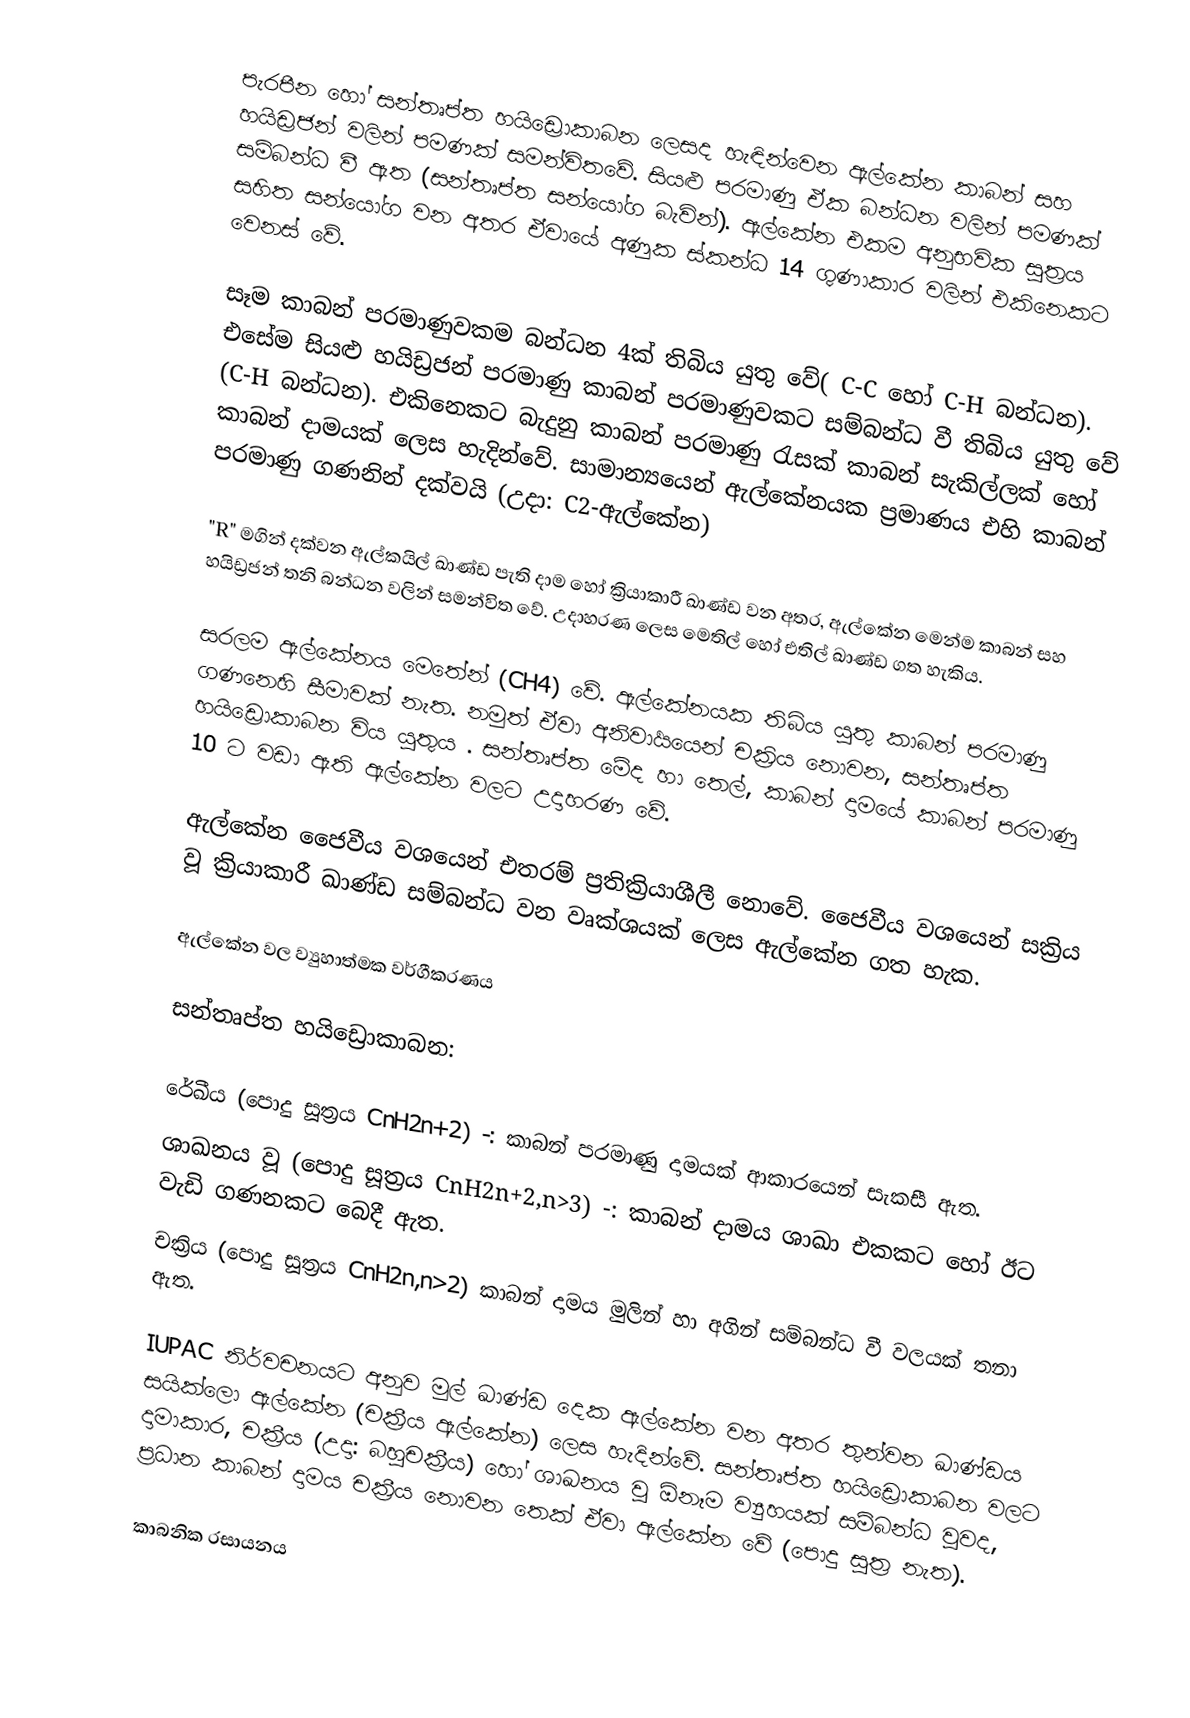
පැරපීන හෝ සන්තෘප්ත හයිඩ්‍රොකාබන ලෙසද හැඳින්වෙන ඇල්කේන කාබන් සහ හයිඩ්‍රජන් වලින් පමණක් සමන්විතවේ. සියළු පරමාණු ඒක බන්ධන වලින් පමණක් සම්බන්ධ වී ඇත (සන්තෘප්ත සන්යෝග බැවින්). ඇල්කේන එකම අනුභවික සූත්‍රය සහිත සන්යෝග වන අතර ඒවායේ අණුක ස්කන්ධ 14 ගුණාකාර වලින් එකිනෙකට වෙනස් වේ.

සෑම කාබන් පරමාණුවකම බන්ධන 4ක් තිබිය යුතු වේ( C-C හෝ C-H බන්ධන). එසේම සියළු හයිඩ්‍රජන් පරමාණු කාබන් පරමාණුවකට සම්බන්ධ වී තිබිය යුතු වේ (C-H බන්ධන). එකිනෙකට බැදුනු කාබන් පරමාණු ‍රැසක් කාබන් සැකිල්ලක් හෝ කාබන් දාමයක් ලෙස හැදින්වේ. සාමාන්‍යයෙන් ඇල්කේනයක ප්‍රමාණය එහි කාබන් පරමාණු ගණනින් දක්වයි (උදා: C2-ඇල්කේන)

"R" මගින් දක්වන ඇල්කයිල් ඛාණ්ඩ පැති දාම හෝ ක්‍රියාකාරී ඛාණ්ඩ වන අතර, ඇල්කේන මෙන්ම කාබන් සහ හයිඩ්‍රජන් තනි බන්ධන වලින් සමන්විත වේ. උදාහරණ ලෙස මෙතිල් හෝ එතිල් ඛාණ්ඩ ගත හැකිය.

සරලම ඇල්කේනය මෙතේන් (CH4) වේ. ඇල්කේනයක තිබිය යුතු කාබන් පරමාණු ගණනෙහි සීමාවක් නැත. නමුත් ඒවා අනිවාර්‍යයෙන් චක්‍රිය නොවන, සන්තෘප්ත හයිඩ්‍රොකාබන විය යුතුය . සන්තෘප්ත මේද හා තෙල්, කාබන් දාමයේ කාබන් පරමාණු 10 ට වඩා ඇති ඇල්කේන වලට උදාහරණ වේ.

ඇල්කේන ජෛවීය වශයෙන් එතරම් ප්‍රතික්‍රියාශීලී නොවේ. ජෛවීය වශයෙන් සක්‍රිය වූ ක්‍රියාකාරී ඛාණ්ඩ සම්බන්ධ වන වෘක්ශයක් ලෙස ඇල්කේන ගත හැක.

ඇල්කේන වල ව්‍යුහාත්මක වර්ගීකරණය

සන්තෘප්ත හයිඩ්‍රොකාබන:

 රේඛීය (පොදු සූත්‍රය CnH2n+2) -:  කාබන් පරමාණු දාමයක් ආකාරයෙන් සැකසී ඇත.
 ශාඛනය වූ (පොදු සූත්‍රය CnH2n+2,n>3) -: කාබන් දාමය ශාඛා එකකට හෝ ඊට වැඩි ගණනකට බෙදී ඇත.
 චක්‍රිය (පොදු සූත්‍රය CnH2n,n>2) කාබන් දාමය මුලින් හා අගින් සම්බන්ධ වී වලයක් තනා ඇත.

IUPAC නිර්වචනයට අනුව මුල් ඛාණ්ඩ දෙක ඇල්කේන වන අතර තුන්වන ඛාණ්ඩය සයික්ලො ඇල්කේන (චක්‍රීය ඇල්කේන) ලෙස හැදින්වේ. සන්තෘප්ත හයිඩ්‍රොකාබන වලට දාමාකාර, චක්‍රීය (උදා: බහුචක්‍රීය) හෝ ශාඛනය වූ ඕනෑම ව්‍යුහයක් සම්බන්ධ වුවද, ප්‍රධාන කාබන් දාමය චක්‍රීය නොවන තෙක් ඒවා ඇල්කේන වේ (පොදු සූත්‍ර නැත).

කාබනික රසායනය